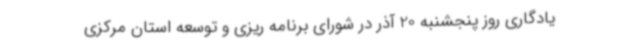
یادگاری روز پنجشنبه 20 آذر در شورای برنامه ریزی و توسعه استان مرکزی